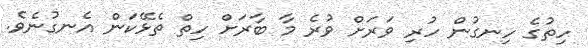
ހިތުގެ ހިނގުން ހުރި ވަރަށް ވުރެ މާ ބާރަށް ހިތް ތެޅޭކަން އެނގުނެވެ.